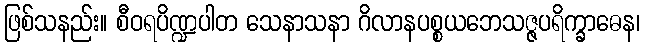
ဖြစ်သနည်း။ စီဝရပိဏ္ဍပါတ သေနာသနာ ဂိလာနပစ္စယဘေသဇ္ဇပရိက္ခာဓေန၊